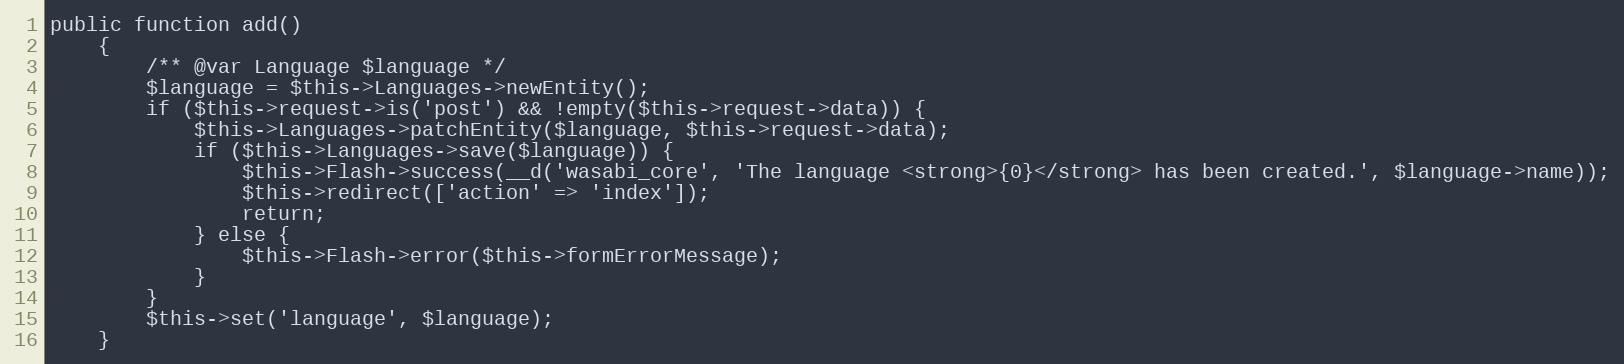
Language: PHP
public function add()
    {
        /** @var Language $language */
        $language = $this->Languages->newEntity();
        if ($this->request->is('post') && !empty($this->request->data)) {
            $this->Languages->patchEntity($language, $this->request->data);
            if ($this->Languages->save($language)) {
                $this->Flash->success(__d('wasabi_core', 'The language <strong>{0}</strong> has been created.', $language->name));
                $this->redirect(['action' => 'index']);
                return;
            } else {
                $this->Flash->error($this->formErrorMessage);
            }
        }
        $this->set('language', $language);
    }